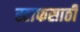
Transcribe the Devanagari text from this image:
स्टाफसाठी